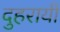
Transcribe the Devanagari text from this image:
दुहरायी